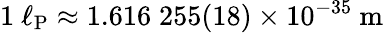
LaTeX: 1\ \ell_{\mathrm{P}}\approx 1.616\; 255(18)\times 10^{-35}\ \mathrm{m}